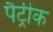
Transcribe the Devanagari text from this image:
पैट्रीक